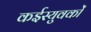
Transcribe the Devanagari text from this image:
कईस्युवकों